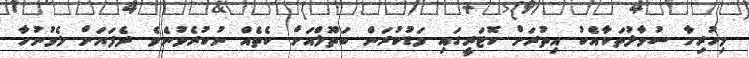
މިހުރިހާ ސުވާލުތަކާއެކު އިތުރަށް ކޮޓަރީގައި މަޑުކުރަން ބަތޫލްއަށް ކެތެއް ނުކުރެވުނެވެ. ދެފަޔަށް ލެވުނުހާ